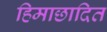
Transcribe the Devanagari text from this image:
हिमाछादित